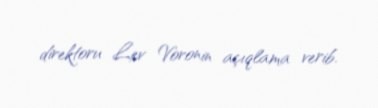
direktoru Lev Voronin açıqlama verib.